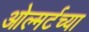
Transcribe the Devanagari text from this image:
ओल्मर्टच्या